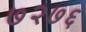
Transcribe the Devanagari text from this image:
७२७६